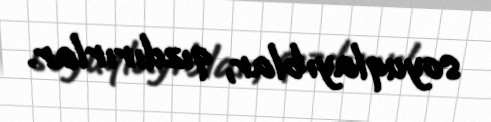
soyuqlayıblar, qızdırırlar.